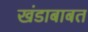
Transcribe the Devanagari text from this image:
खंडाबाबत